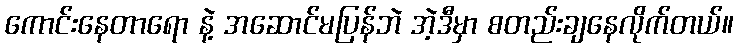
ကောင်းနေတာရော နဲ့ အဆောင်မပြန်ဘဲ အဲ့ဒီမှာ စတည်းချနေလိုက်တယ်။